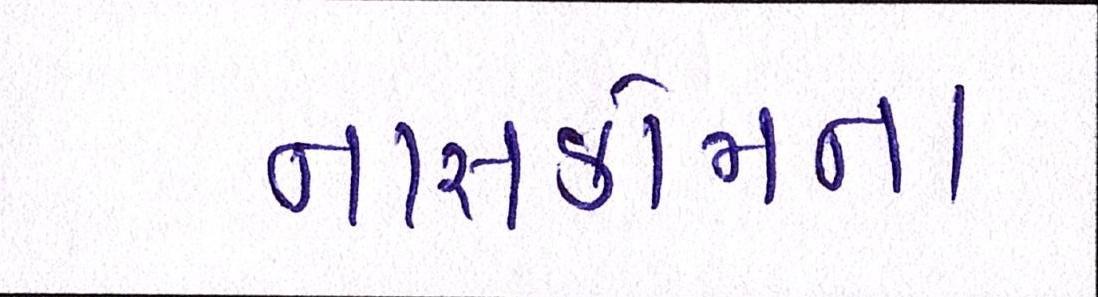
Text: નાસકોમના